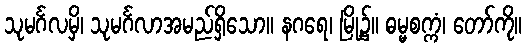
သုမင်္ဂလမှိ၊ သုမင်္ဂလာအမည်ရှိသော။ နဂရေ၊ မြို့၌။ ဓမ္မစက္ကံ၊ တော်ကို။